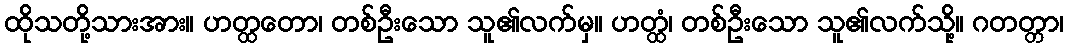
ထိုသတို့သားအား။ ဟတ္ထတော၊ တစ်ဦးသော သူ၏လက်မှ။ ဟတ္ထံ၊ တစ်ဦးသော သူ၏လက်သို့။ ဂတတ္တာ၊